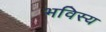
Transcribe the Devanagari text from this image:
भविस्य